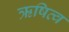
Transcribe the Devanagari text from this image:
ऋषित्व